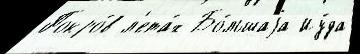
Покро́в л'ета́х Бо́льшаjа Иу́да